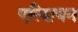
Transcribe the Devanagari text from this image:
एल्शियन